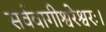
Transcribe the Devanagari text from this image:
सर्ववागीश्वरेश्वरः।